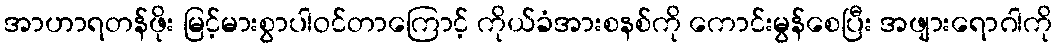
အာဟာရတန်ဖိုး မြင့်မားစွာပါဝင်တာကြောင့် ကိုယ်ခံအားစနစ်ကို ကောင်းမွန်စေပြီး အဖျားရောဂါကို